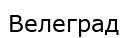
Велеград